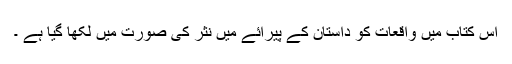
اس کتاب میں واقعات کو داستان کے پیرائے میں نثر کی صورت میں لکھا گیا ہے ۔